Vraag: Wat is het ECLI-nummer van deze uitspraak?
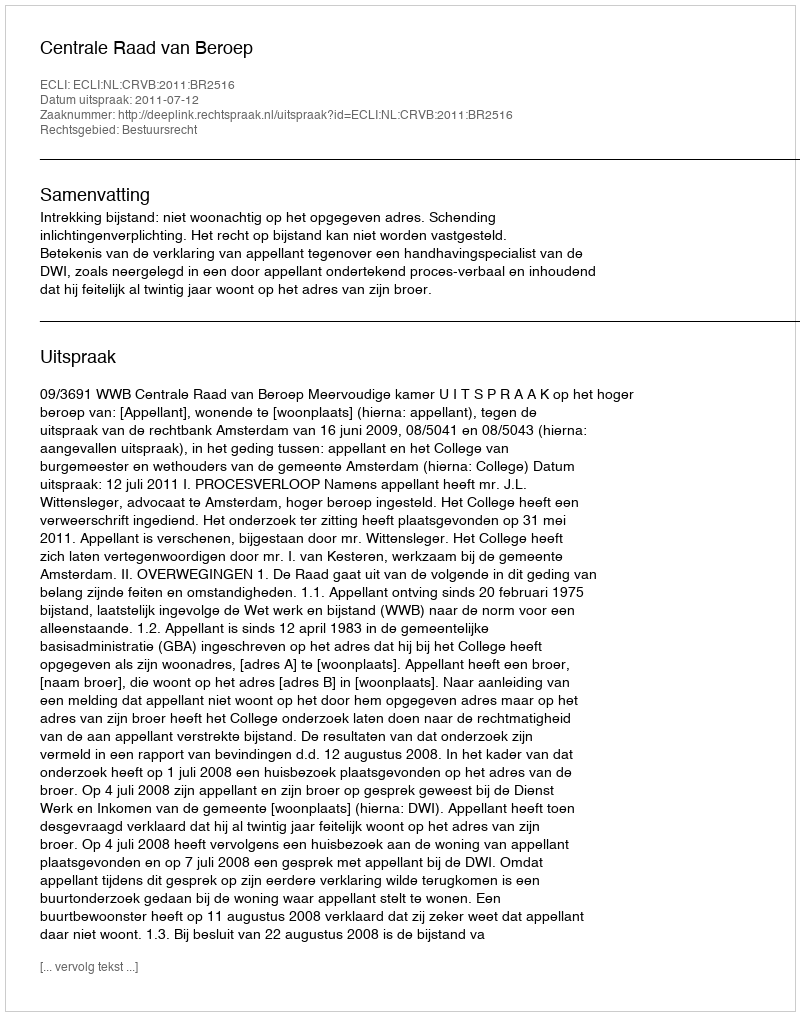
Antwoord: ECLI:NL:CRVB:2011:BR2516